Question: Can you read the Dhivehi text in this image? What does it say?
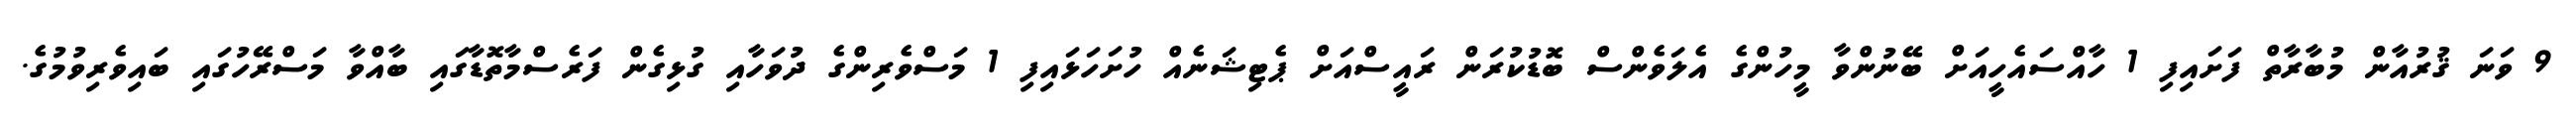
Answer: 9 ވަނަ ޤުރުއާން މުބާރާތް ފަށައިފި 1 ހާއްސައެހީއަށް ބޭނުންވާ މީހުންގެ އެލަވެންސް ބޮޑުކުރަން ރައީސްއަށް ޕެޓިޝަނެއް ހުށަހަޅައިފި 1 މަސްވެރިންގެ ދުވަހާއި ގުޅިގެން ފަރެސްމާތޮޑާގައި ބާއްވާ މަސްރޭހުގައި ބައިވެރިވުމުގެ.